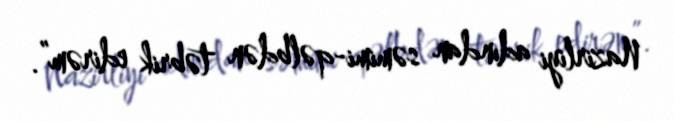
Nazirliyi adından səmimi-qəlbdən təbrik edirəm”.